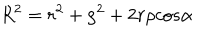
R ^ { 2 } = r ^ { 2 } + \rho ^ { 2 } + 2 r \rho c o s \alpha